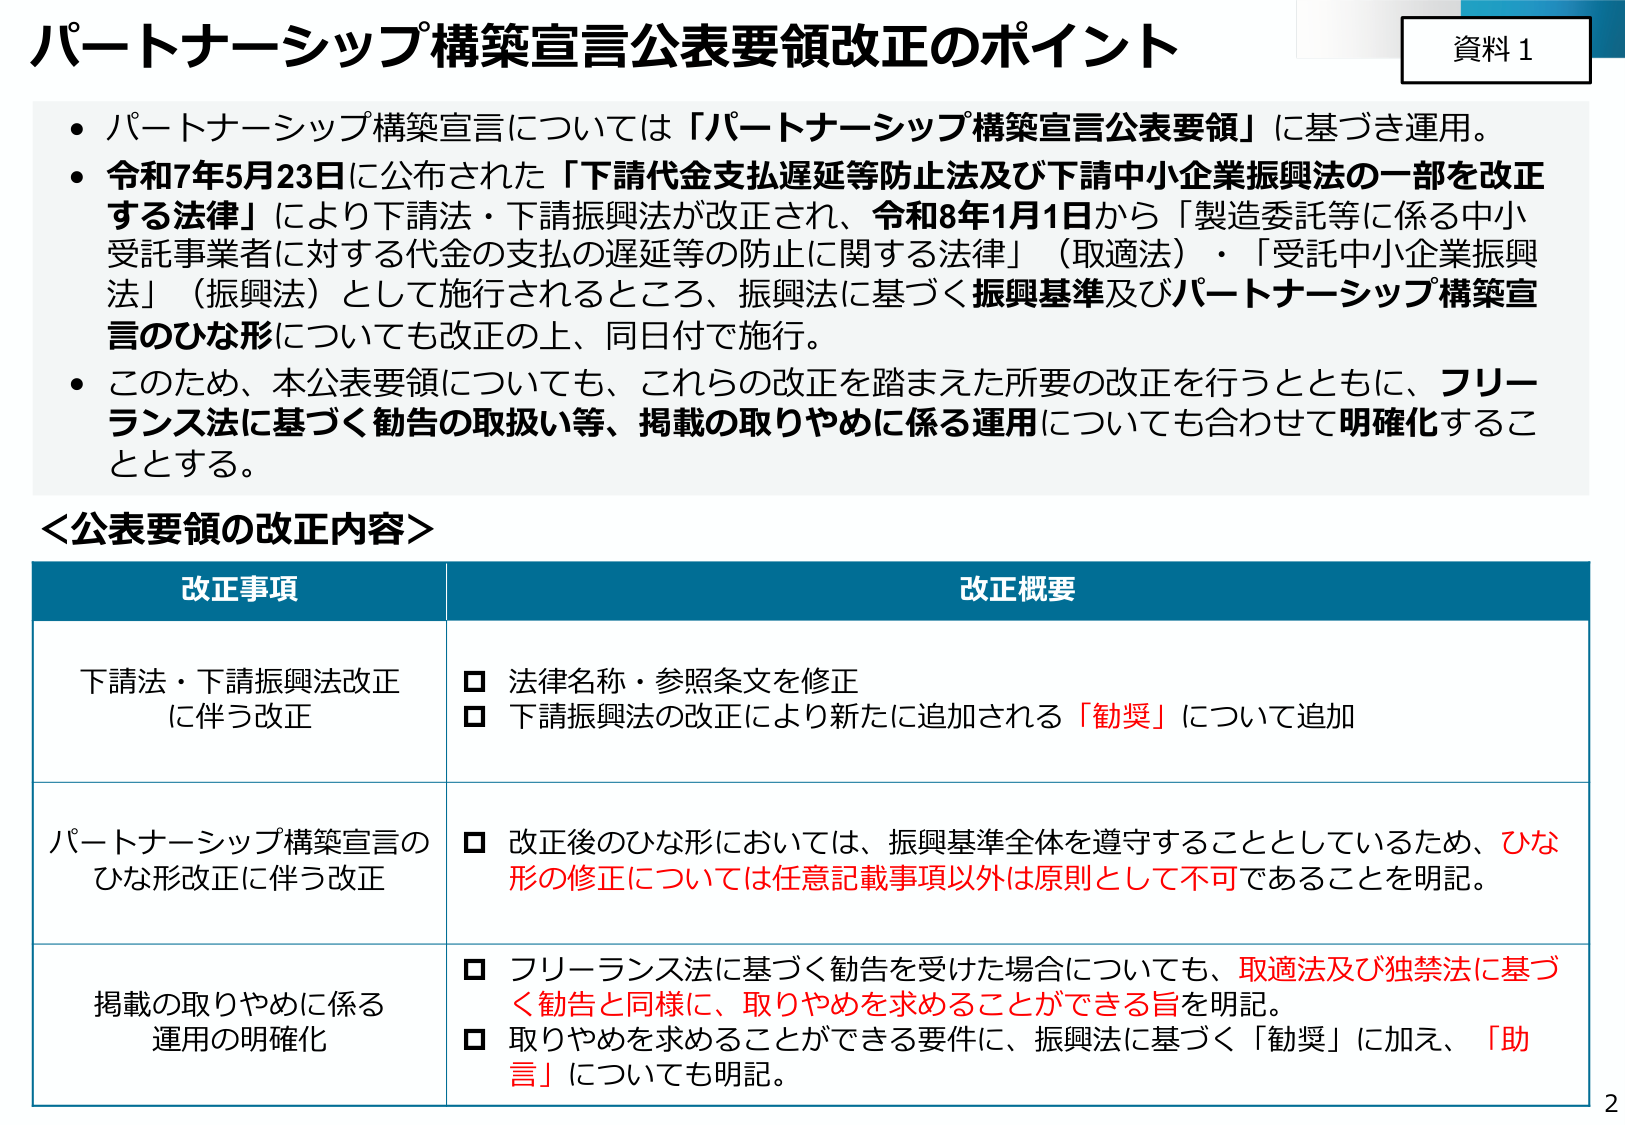
パートナーシップ構築宣言公表要領改正のポイント

資料1

・パートナーシップ構築宣言については「パートナーシップ構築宣言公表要領」に基づき運用。
・令和7年5月23日に公布された「下請代金支払遅延等防止法及び下請中小企業振興法の一部を改正する法律」により下請法・下請振興法が改正され、令和8年1月1日から「製造委託等に係る中小受託事業者に対する代金の支払の遅延等の防止に関する法律」（取適法）・「受託中小企業振興法」（振興法）として施行されるところ、振興法に基づく振興基準及びパートナーシップ構築宣言のひな形についても改正の上、同日付で施行。
・このため、本公表要領についても、これらの改正を踏まえた所要の改正を行うとともに、フリーランス法に基づく勧告の取扱い等、掲載の取りやめに係る運用についても合わせて明確化することとする。

＜公表要領の改正内容＞

改正事項